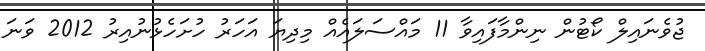
ޖުވެނައިލް ކޯޓުން ނިންމާފައިވާ 11 މައްސަލައެއް މިދިޔަ އަހަރު ހުށަހެޅުނުއިރު 2012 ވަނަ